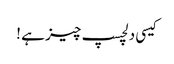
کیسی دلچسپ چیز ہے !